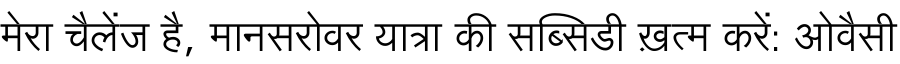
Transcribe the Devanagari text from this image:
मेरा चैलेंज है, मानसरोवर यात्रा की सब्सिडी ख़त्म करें: ओवैसी